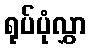
ရုပ်ပုံလွှာ